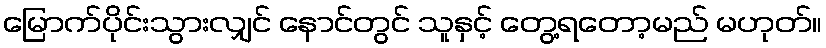
မြောက်ပိုင်းသွားလျှင် နောင်တွင် သူနှင့် တွေ့ရတော့မည် မဟုတ်။